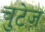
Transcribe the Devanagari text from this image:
चुटेज़